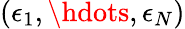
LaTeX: (\epsilon_{1},\hdots,\epsilon_{N})